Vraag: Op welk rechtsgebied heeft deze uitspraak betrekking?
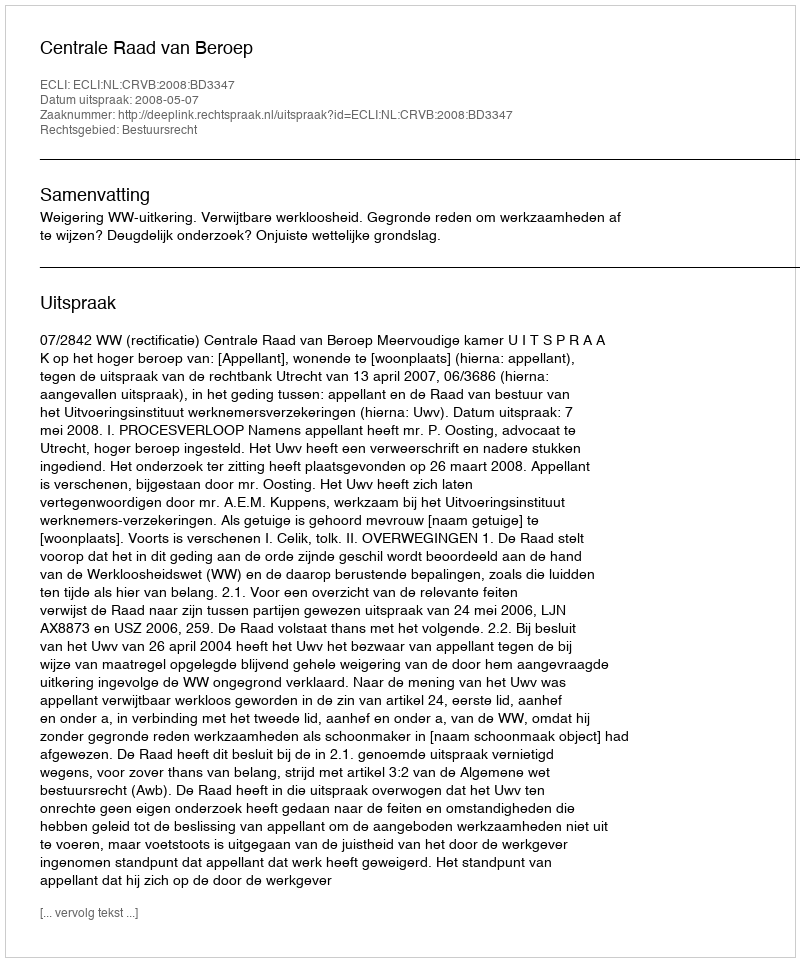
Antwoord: Bestuursrecht